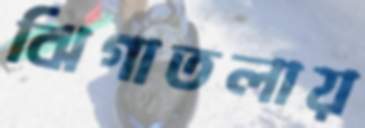
ঝিগাতলায়